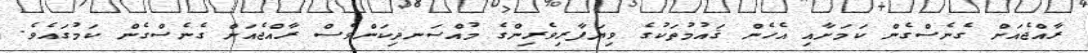
ރާއްޖެއަށް ގެނެސްގެން ކަމަށާއި އެހެން ޤައުމުތަކުގެ ވިޔަފާރިވެރިންގެ މުއްސަނދިކަންވެސް ރާއްޖެއަށް ގެނެސްގެން ކަމުގައެވެ.